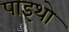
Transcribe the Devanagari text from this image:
पाइथो